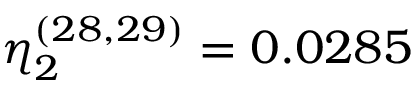
\eta _ { 2 } ^ { ( 2 8 , 2 9 ) } = 0 . 0 2 8 5